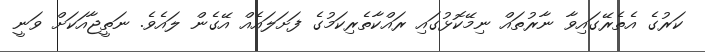
ކަރުގެ އެތެރޭގައިވާ ނާރުތައް ނިމޭކޮޅުގައި ރައްކާތެރިކަމުގެ ފަށަލައެއް އޭގެން ލައެވެ. ނަތީޖާއަކަށް ވަނީ